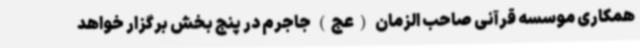
همکاری موسسه قرآنی صاحب الزمان (عج) جاجرم در پنج بخش برگزار خواهد